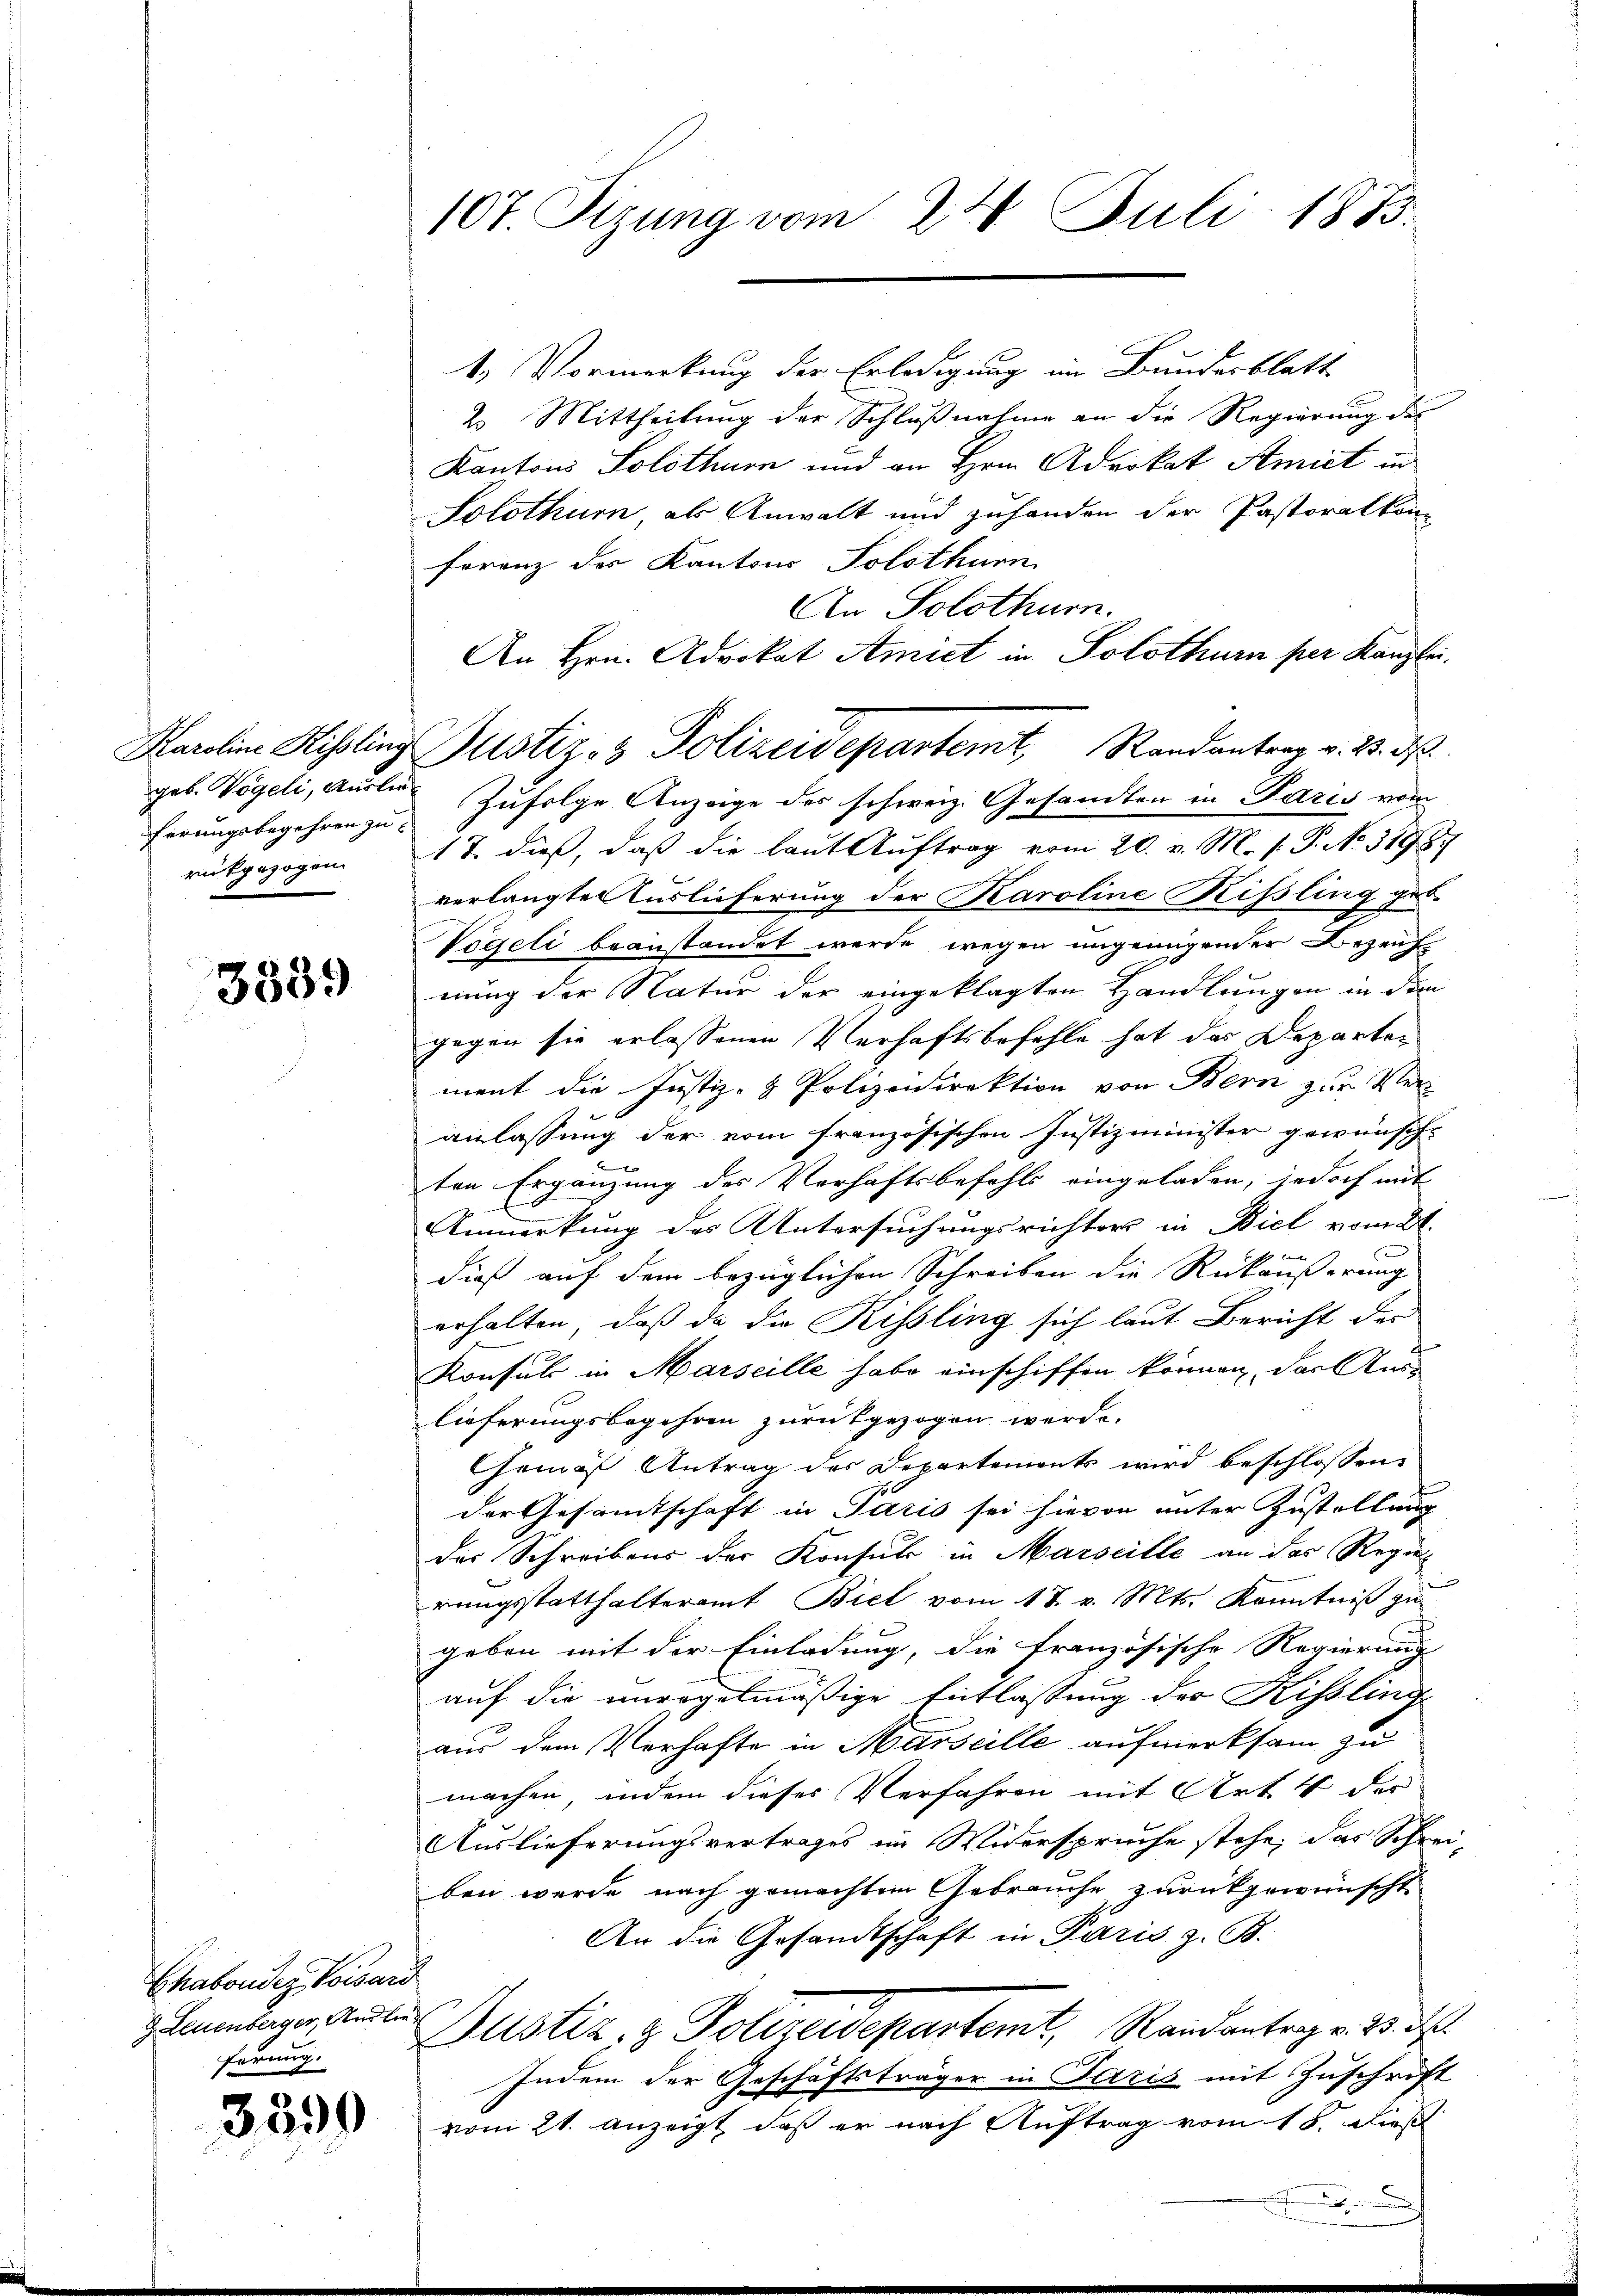
ferungsbegehren zu

3339

Chabonder Kossard
ferung.

3590

107. Sizung vom 24. Juli 1873.

1. Vormerkung der Erledigung im Bundesblatt
2. Mittheilung der Schlußnahme an die Regierung des
Kantons Solothurn und an Hrn. Advokat Amiet in
Solothurn, als Anwalt und zuhanden der Pastoralkon
ferenz des Kantons Solothurn
An Solothurn.
An Hrn. Advokat Amiet in Solothurn per Kanzlei.
gob. Vögeli, Ausler Zufolge Anzeige des schweiz. Gesandten in Paris vom
rückgezogen. 17. dieß, daß die laut Auftrag vom 20. v. M. P.P. No. 31987
verlangte Auslieferung der Karoline Rissling ge¬
Vögeli beanstandet werde wegen ungenügender Bezeichnung der Natur der eingeklagten Handlungen in dem
gegen sie erlassenen Verhaftsbefehle hat das Departen
ment die Justiz- & Polizeidirektion von Bern zur Veranlassung der vom französischen Justizminister gewünscht
.
ten Ergänzung des Verhaftsbefehls eingeladen, jedoch mit
Anmerkung des Untersuchungsrichters in Biel vom 21.
b
dieß auf dem bezüglichen Schreiben die Rückäußerung
erhalten, daß da die Kissling sich laut Bericht der
Konsuls in Marseille habe einschiffen können, das Auss
lieferungsbegehren zurückgezogen werde.
Gemäß Antrag des Departements wird beschlossen:
der Gesamtschaft in Paris sei hievon unter Zustellung
der Schreibens der Konsuls in Marseille an das Regie
rungsstatthalteramt Biel vom 18. v. Mts. Kenntniß zu
geben mit der Einladung, die französische Regierung
auf die unregelmäßige Entlassung der Kissling
aus dem Verhafte in Marseille aufmerksam zu
machen, indem dieses Verfahren mit Art 4 der
Auslieferungsvertrages im Widerspruche stehe; das Schrei-
ben wurde nach gemachtem Gebrauche zurückgewünscht
An die Gesandtschaft in Paris z. B.
Laumlage ande Justiz- & Polizeidepartemt, Randantrag v. 23. d.
Indem der Geschäftsträger in Paris mit Zuschrift
vom 21. Anzeigt, daß er nach Auftrag vom 15. dieß

Karolin Kisling Justiz- & Polizeidepartemt, Randantrag v. 23. d